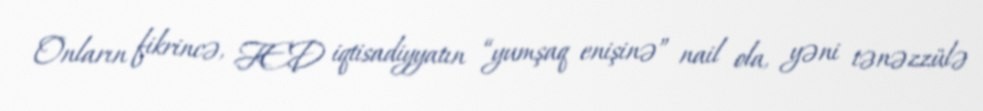
Onların fikrincə, FED iqtisadiyyatın “yumşaq enişinə” nail ola, yəni tənəzzülə